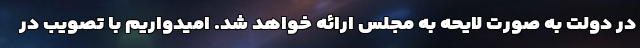
در دولت به صورت لایحه به مجلس ارائه خواهد شد. امیدواریم با تصویب در